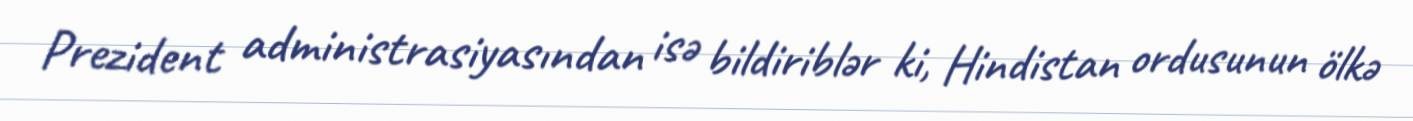
Prezident administrasiyasından isə bildiriblər ki, Hindistan ordusunun ölkə